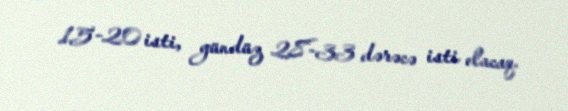
15-20 isti, gündüz 28-33 dərəcə isti olacaq.